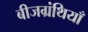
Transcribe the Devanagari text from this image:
बीजग्रंथियाँ